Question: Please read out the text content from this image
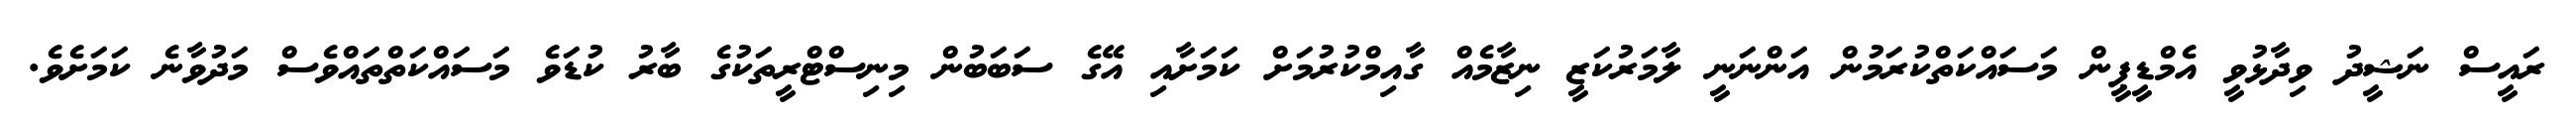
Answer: ރައީސް ނަޝީދު ވިދާޅުވީ އެމްޑީޕީން މަސައްކަތްކުރަމުން އަންނަނީ ލާމަރުކަޒީ ނިޒާމެއް ގާއިމްކުރުމަށް ކަމަށާއި އޭގެ ސަބަބުން މިނިސްޓްރީތަކުގެ ބާރު ކުޑަވެ މަސައްކަތްތައްވެސް މަދުވާނެ ކަމަށެވެ.